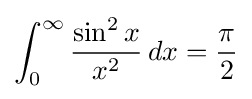
\int _{0}^{\infty }{\frac {\sin ^{2}{x}}{x^{2}}}\,dx={\frac {\pi }{2}}